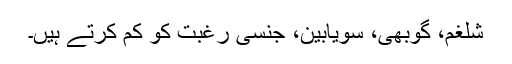
شلغم، گوبھی، سویابین، جنسی رغبت کو کم کرتے ہیں۔